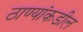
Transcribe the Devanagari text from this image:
ठाण्यांकडील